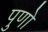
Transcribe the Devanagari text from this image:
पुणो